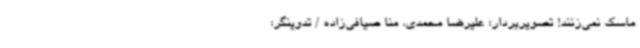
ماسک نمی‌زنند! تصویربردار: علیرضا محمدی، منا صیافی‌زاده / تدوینگر: